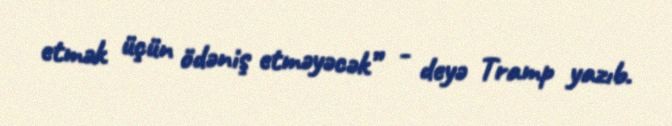
etmək üçün ödəniş etməyəcək” - deyə Tramp yazıb.